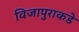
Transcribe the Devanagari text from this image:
विजापुराकडे